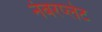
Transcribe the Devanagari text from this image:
नंबरप्लेट